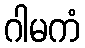
ဂါမကံ